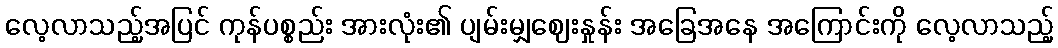
လေ့လာသည့်အပြင် ကုန်ပစ္စည်း အားလုံး၏ ပျမ်းမျှဈေးနှုန်း အခြေအနေ အကြောင်းကို လေ့လာသည့်